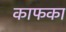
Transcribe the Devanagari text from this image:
काफका